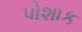
પોશાક